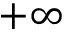
+ \infty